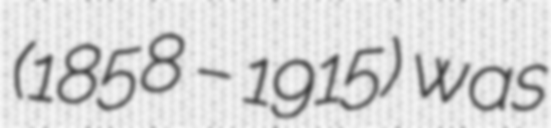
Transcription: (1858 – 1915) was